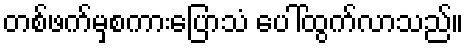
တစ်ဖက်မှစကားပြောသံ ပေါ်ထွက်လာသည်။